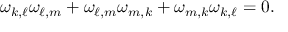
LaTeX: \omega _ { k , \ell } \omega _ { \ell , m } + \omega _ { \ell , m } \omega _ { m , k } + \omega _ { m , k } \omega _ { k , \ell } = 0 .